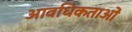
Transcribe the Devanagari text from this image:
आवधिकताओं